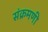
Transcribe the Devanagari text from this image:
संक्रमणी